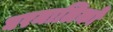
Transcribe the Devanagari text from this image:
घरमालिकों